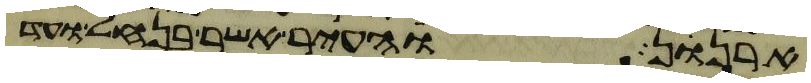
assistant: ארנן והעיר אשר בנחל ועד